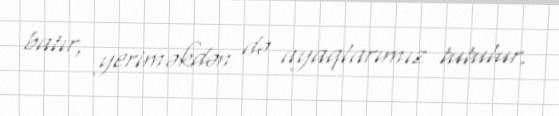
batır, yeriməkdən də ayaqlarımız tutulur.